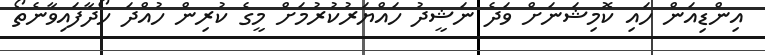
އިންޑިއަން ހައި ކޮމިޝަނަށް ވަދެ ނަޝީދު ހައްޔަރުކުރުމަށް މީގެ ކުރިން ހުއްދަ ހޯދާފައިވާނެތޯ